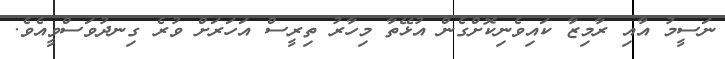
ނަސީމު އާއި ރާމިޒާ ކައިވެނިކޮށްގެން އުޅޭތާ މިހާރު ތިރީސް އަހަރަށް ވުރެ ގިނދުވަސްވީއެވެ.